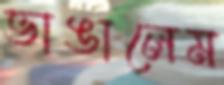
ভাঙালেম